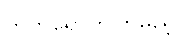
တက်ရောက်ကြမည့်